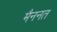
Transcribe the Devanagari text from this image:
मैननत